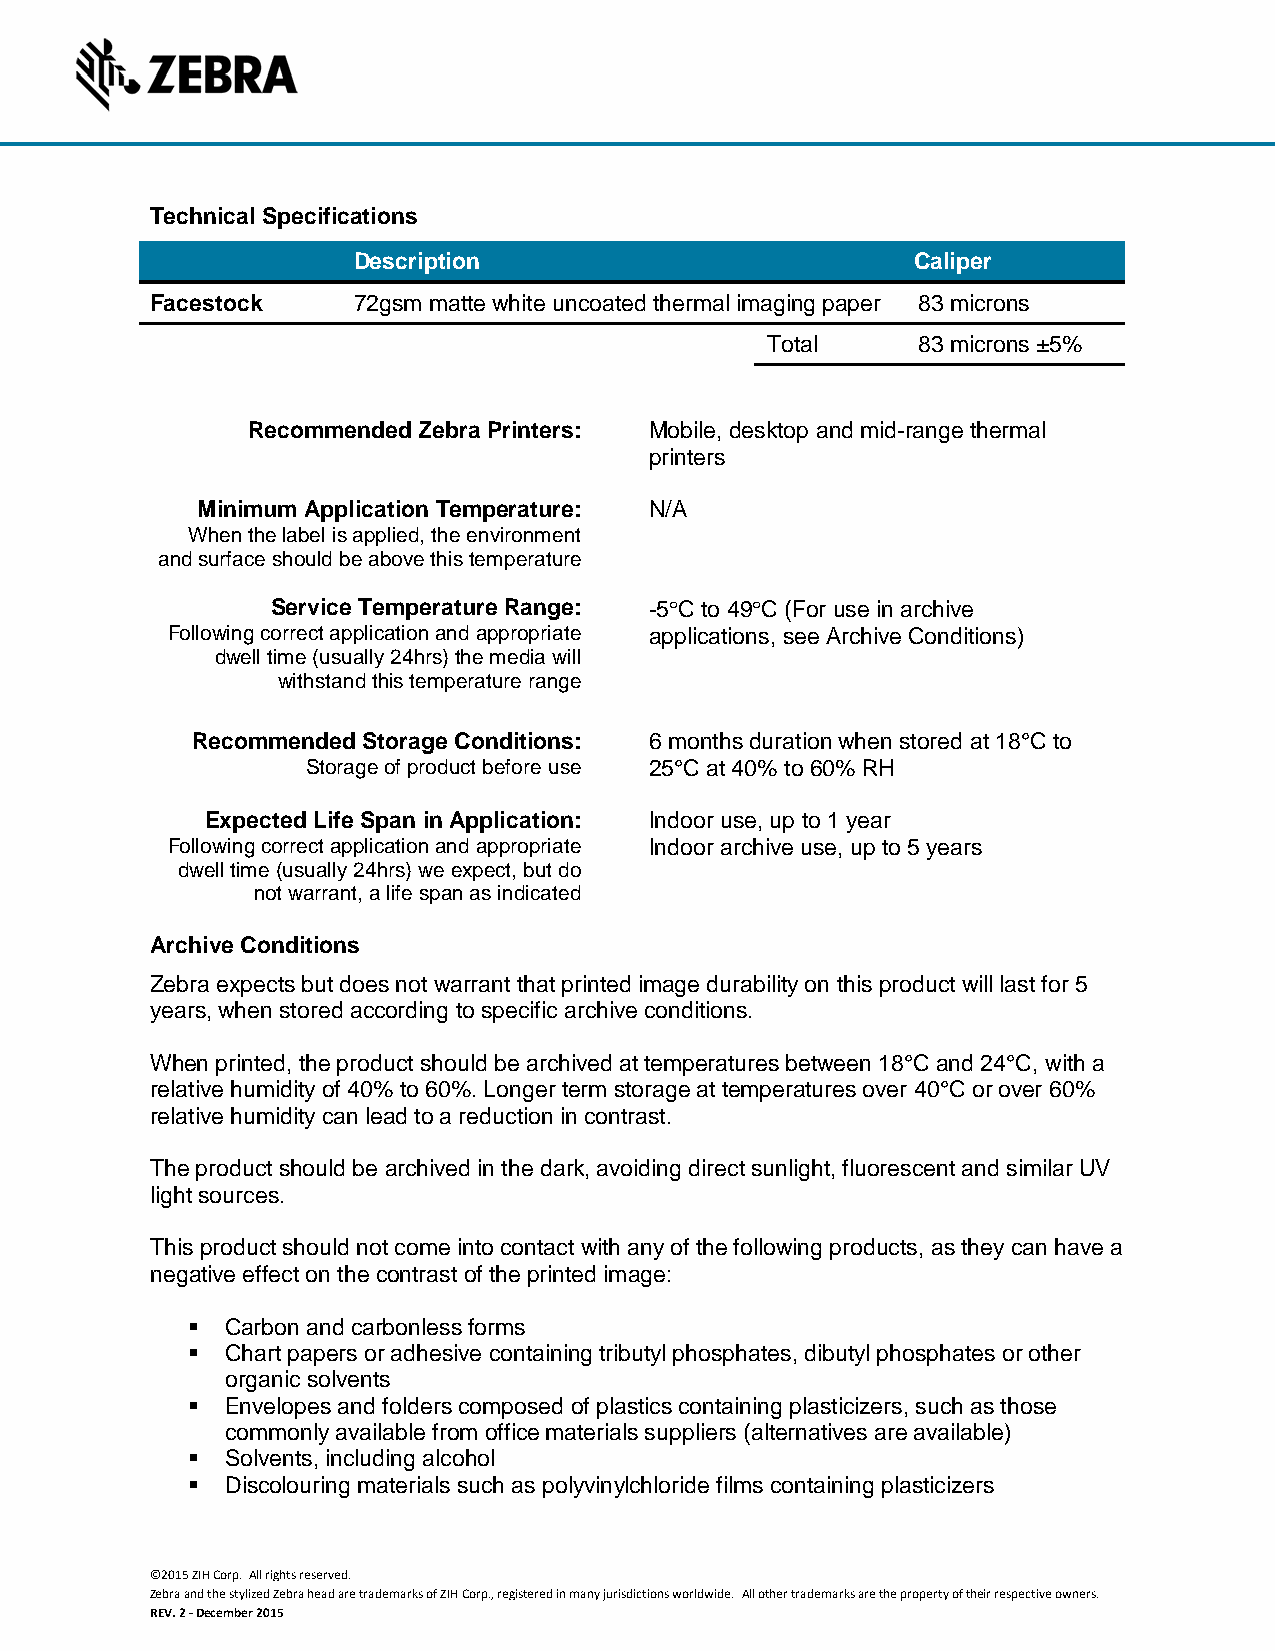
Technical Specifications
 Description                           Caliper
 Facestock    72gsm matte white uncoated thermal imaging paper 83 microns
 Total     83 microns ±5%
 Recommended Zebra Printers: Mobile, desktop and mid-range thermal
 printers
 Minimum Application Temperature: N/A
 When the label is applied, the environment
 and surface should be above this temperature
 Service Temperature Range: -5C to 49C (For use in archive
 Following correct application and appropriate applications, see Archive Conditions)
 dwell time (usually 24hrs) the media will
 withstand this temperature range
 Recommended Storage Conditions: 6 months duration when stored at 18°C to
 Storage of product before use 25°C at 40% to 60% RH
 Expected Life Span in Application: Indoor use, up to 1 year
 Following correct application and appropriate Indoor archive use, up to 5 years
 dwell time (usually 24hrs) we expect, but do
 not warrant, a life span as indicated
 Archive Conditions
 Zebra expects but does not warrant that printed image durability on this product will last for 5
 years, when stored according to specific archive conditions.
 When printed, the product should be archived at temperatures between 18°C and 24°C, with a
 relative humidity of 40% to 60%. Longer term storage at temperatures over 40°C or over 60%
 relative humidity can lead to a reduction in contrast.
 The product should be archived in the dark, avoiding direct sunlight, fluorescent and similar UV
 light sources.
 This product should not come into contact with any of the following products, as they can have a
 negative effect on the contrast of the printed image:
   Carbon and carbonless forms
   Chart papers or adhesive containing tributyl phosphates, dibutyl phosphates or other
 organic solvents
   Envelopes and folders composed of plastics containing plasticizers, such as those
 commonly available from office materials suppliers (alternatives are available)
   Solvents, including alcohol
   Discolouring materials such as polyvinylchloride films containing plasticizers
 ©2015 ZIH Corp. All rights reserved.
 Zebra and the stylized Zebra head are trademarks of ZIH Corp., registered in many jurisdictions worldwide. All other trademarks are the property of their respective owners.
 REV. 2 - December 2015